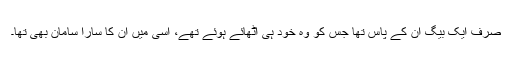
صرف ایک بیگ ان کے پاس تھا جس کو وہ خود ہی اُٹھائے ہوئے تھے، اسی میں ان کا سارا سامان بھی تھا۔